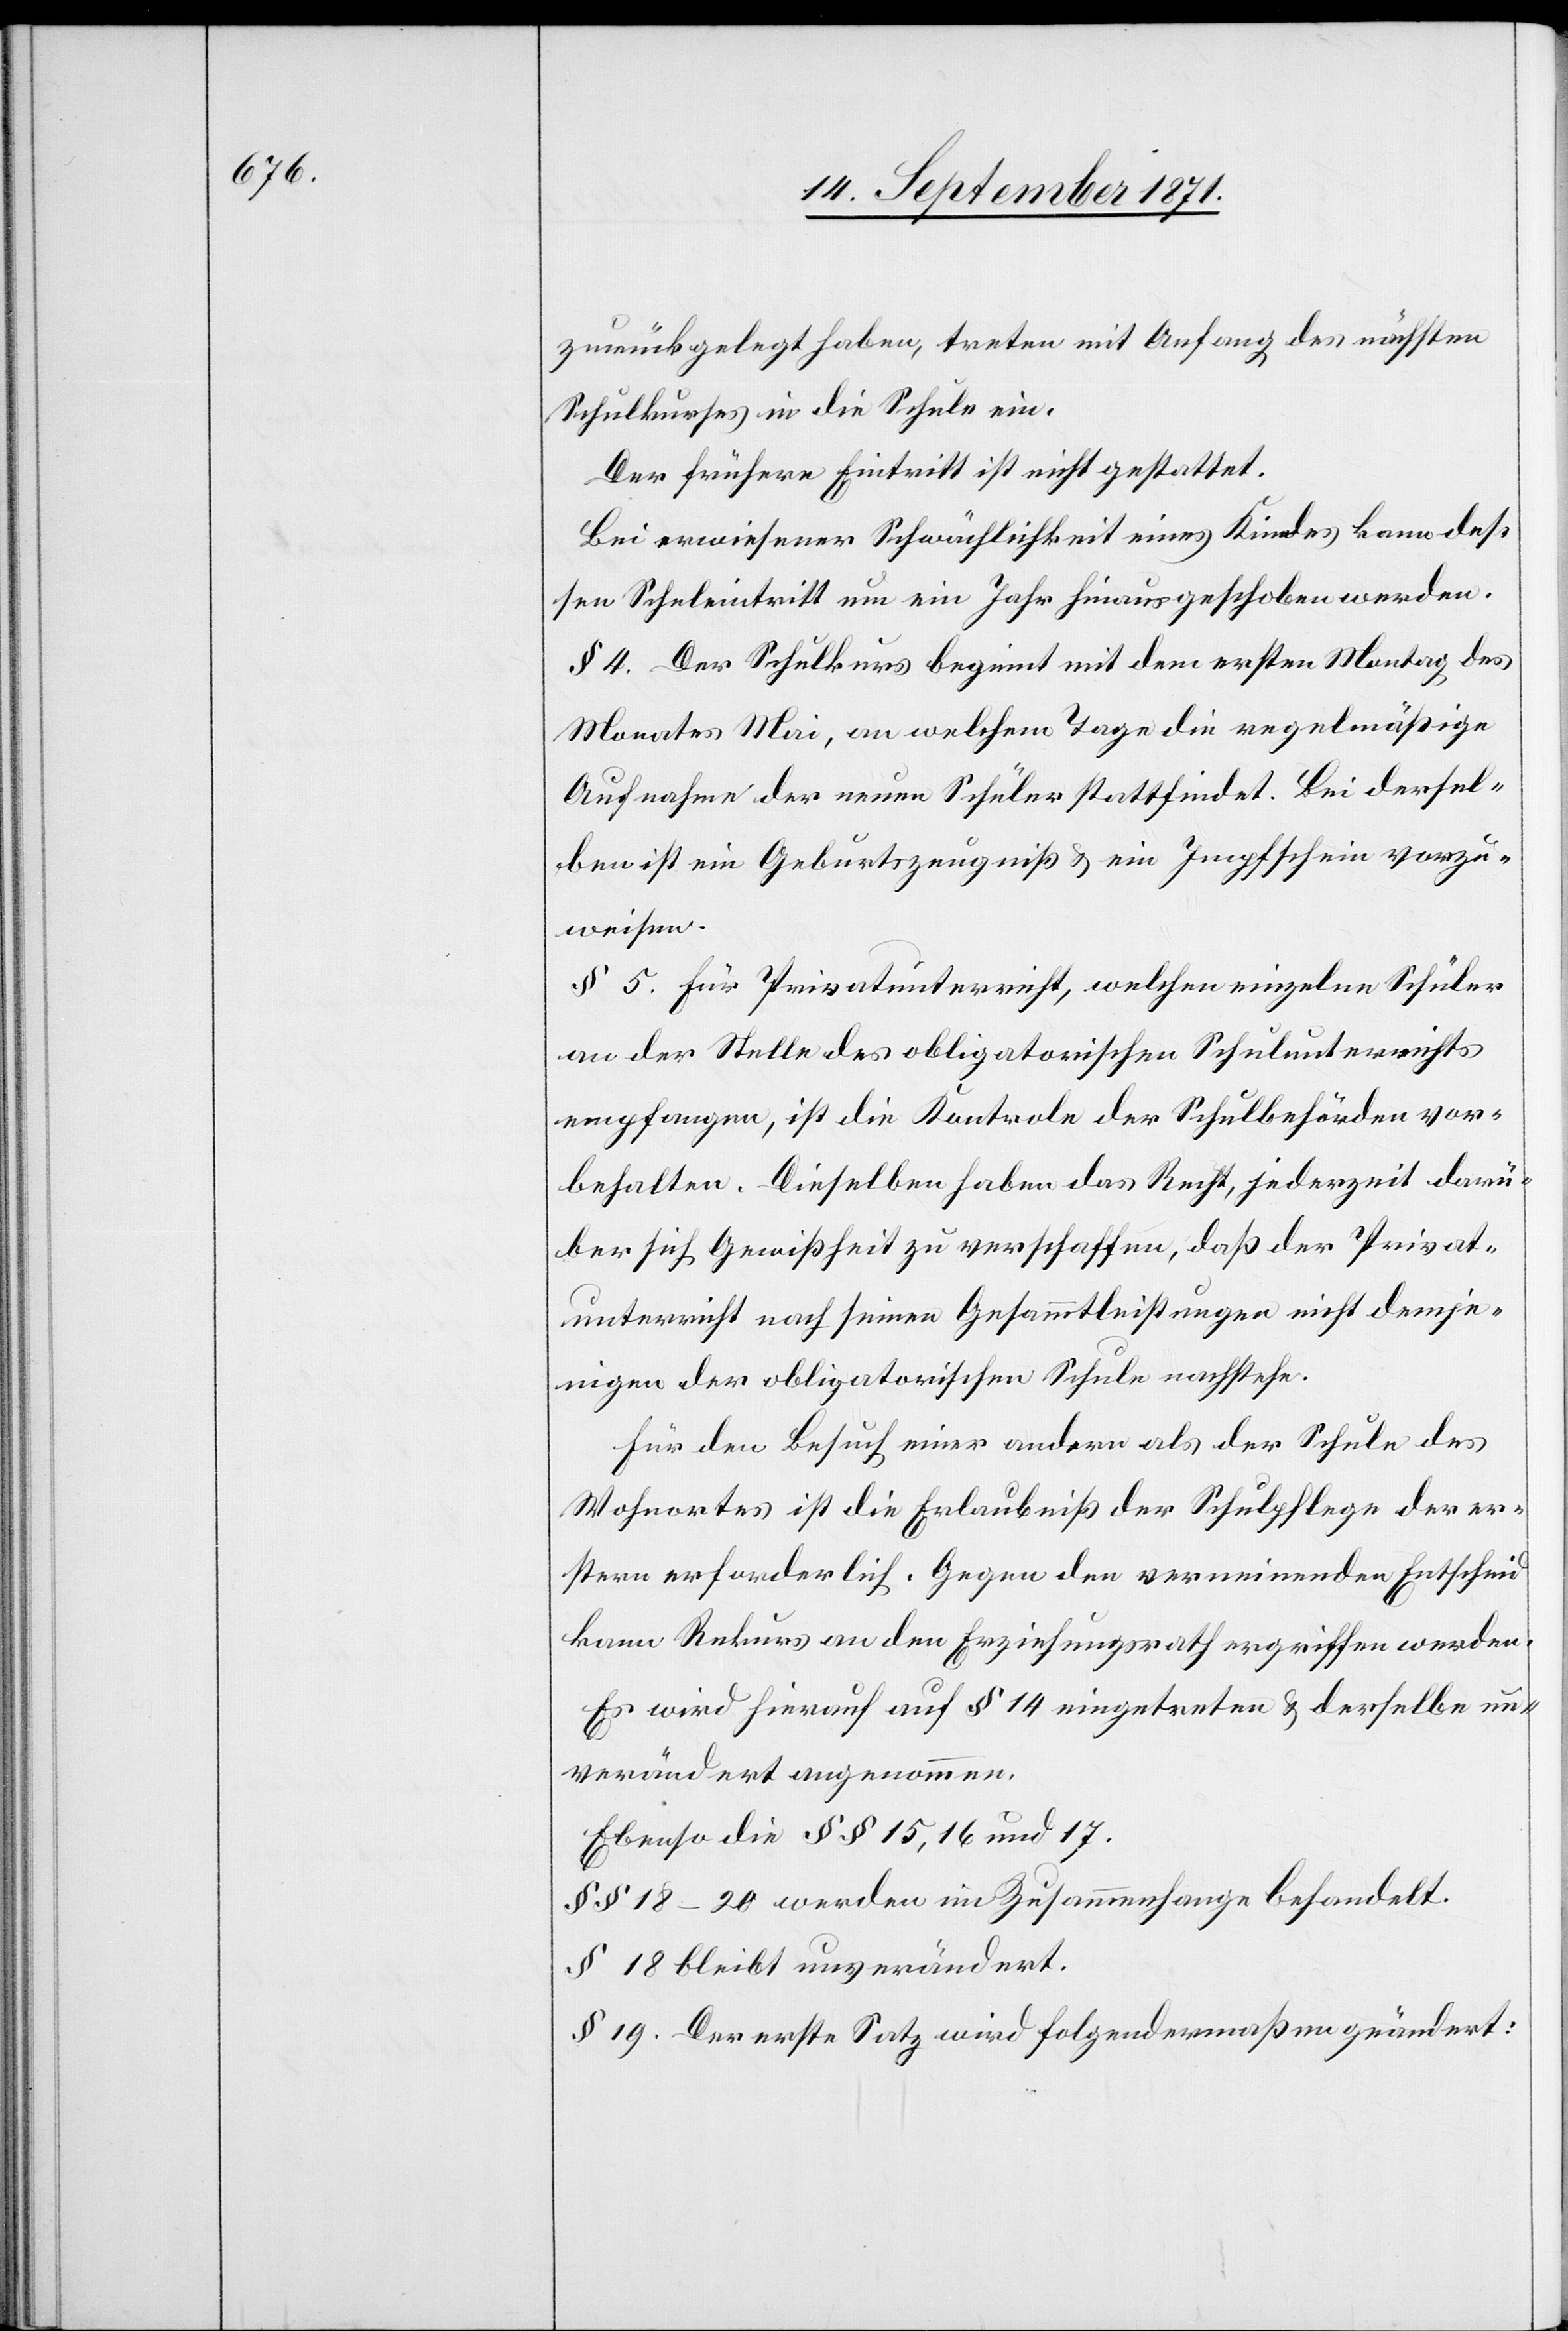
zurückgelegt haben, treten mit Anfang des nächsten
Schulkurses in die Schule ein.
Der frühere Eintritt ist nicht gestattet.
Bei erwiesener Schwächlichkeit eines Kindes kann des¬
sen Schuleintritt um ein Jahr hinausgeschoben werden.
§ 4. Der Schulkurs beginnt mit dem ersten Montag des
Monates Mai, an welchem Tage die regelmäßige
Aufnahme der neuen Schüler stattfindet. Bei dersel¬
ben ist ein Geburtszeugniß & ein Impfschein vorzu¬
weisen.
§ 5. Für Privatunterricht, welcher einzelne Schüler
an der Stelle des obligatorischen Schulunterrichts
empfangen, ist die Kontrole der Schulbehörden vor¬
behalten. Dieselben haben das Recht, jederzeit darü¬
ber sich Gewissheit zu verschaffen, daß der Privat¬
unterricht nach seinen Gesammtbestimmungen nicht demje¬
nigen der obligatorischen Schule nachstehe.
Für den Behuf einer anderen als der Schule des
Wohnortes ist die Erlaubniß der Schulpflege der er¬
sten erforderlich. Gegen den verneinenden Entscheid
kann Rekurs an den Erziehungsrath ergriffen werden.
Es wird hirauf auf § 14 eingetreten & derselbe un¬
verändert angenommen.
Ebenso die §§ 15, 16 und 17.
§§ 18–20 werden im Zusammenhange behandelt.
§ 18 bleibt unverändert.
§ 19. Der erste Satz wird folgendermaßen geändert: